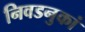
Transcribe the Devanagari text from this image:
निवडनुकां